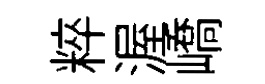
粹渥嶠